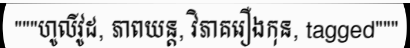
"""ហូលីវូដ, ភាពយន្ត, វិភាគរឿងកុន, tagged"""